Indian journal of veterinary science and animal husbandry - Volumes 15-17, 1948-1951
Year: 1948
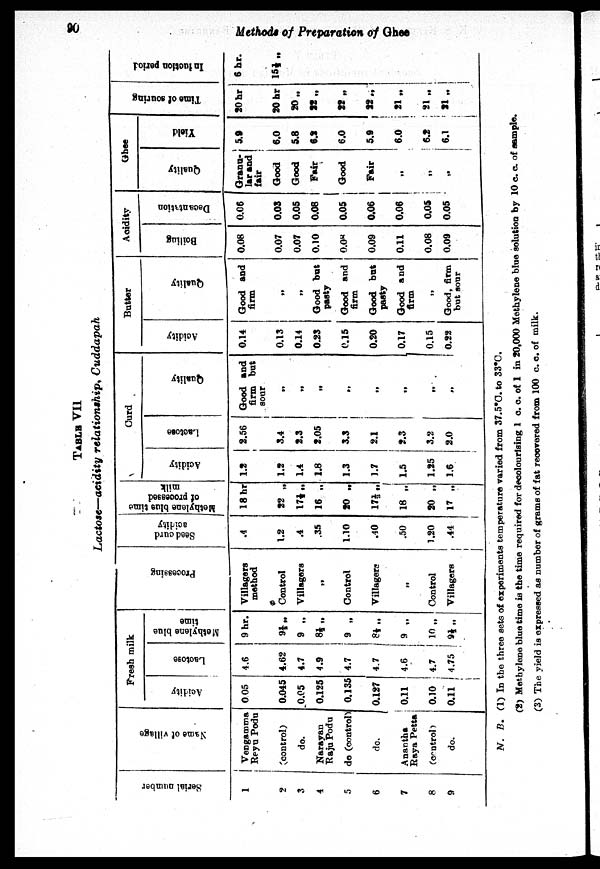
90
Methods
of Preparation of Ghee
TABLE VII
Lactose—acidity relationship, Cuddapah
Serial number
1
2
3
4
5
6
7
8
9
Na me of village
Vengamma
Reyu Podu
(control)
do.
Narayan
Raju Podu
do (control)
do.
Anantha
Raya Petta
(control)
do.
Fresh milk
Acidity
0 05
0.045
0.05
0.125
0.135
0.127
0.11
0.10
0.11
Lactose
4.6
4.62
4.7
4.9
4.7
4.7
4.6
4.7
4.75
Methylene blue
time
9 hr.
9½ „
9 „
8½ „
9 „
8½ „
9 „
10 „
9½ „
Processing
Villagers
method
Control
Villagers
„
Control
Villagers
Control
Villagers
Seed curd
acidity
.4
1.2
.4
.35
1.10
.40
.50
1.20
.44
Methylene blue time
of processed
milk
18 hr
22 „
17½ „
16 „
20 „
17⅓ „
18 „
20 „
17 „
Cur d
Acidity
1.2
1.2
1.4
1.8
1.3
1.7
1.5
1.25
1.6
Lactose
2.56
3.4
2.3
2.05
3.3
2.1
2.3
3.2
2.0
Quality
Good
firm
sour
and
but
„
„
„
„
„
„
„
„
Butter
Acidity
0.14
0.13
0.14
0.23
0.15
0.20
0.17
0.15
0.22
Quality
Good and
firm
„
„
Good but
pasty
Good and
firm
Good bat
pasty
Good and
firm
„
Good, firm
but sour
Acidity
Boiling
0.08
0.07
0.07
0.10
0.08
0.09
0.11
0.08
0.09
Decantaion
0.06
0.03
0.05
0.08
0.05
0.06
0.06
0.05
0.05
Ghee
Quality
Granu-
lar and
fair
Good
Good
Fair
Good
Fair
„
„
„
Yield
5.9
6.0
5.8
6.2
6.0
5.9
6.0
6.2
6.1
Ti me of souring
20 hr
20 hr
20 „
22 „
22 „
22 „
21 „
21 „
21 „
I
nduct i
on period
6 hr.
15½ „
N. B. (1) In the three sets of experiments temperature varied from 37.5°C. to 33°C.
(2) Methylene blue time is the time required for decolourising 1 c. c. of 1 in 20,000 Methylene blue solution by 10 c. c. of sample.
(3) The yield is expressed as number of grams of fat recovered from 100 c. c. of milk.